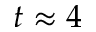
t \approx 4